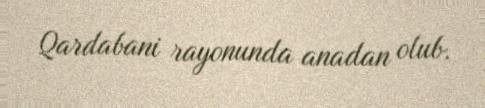
Qardabani rayonunda anadan olub.